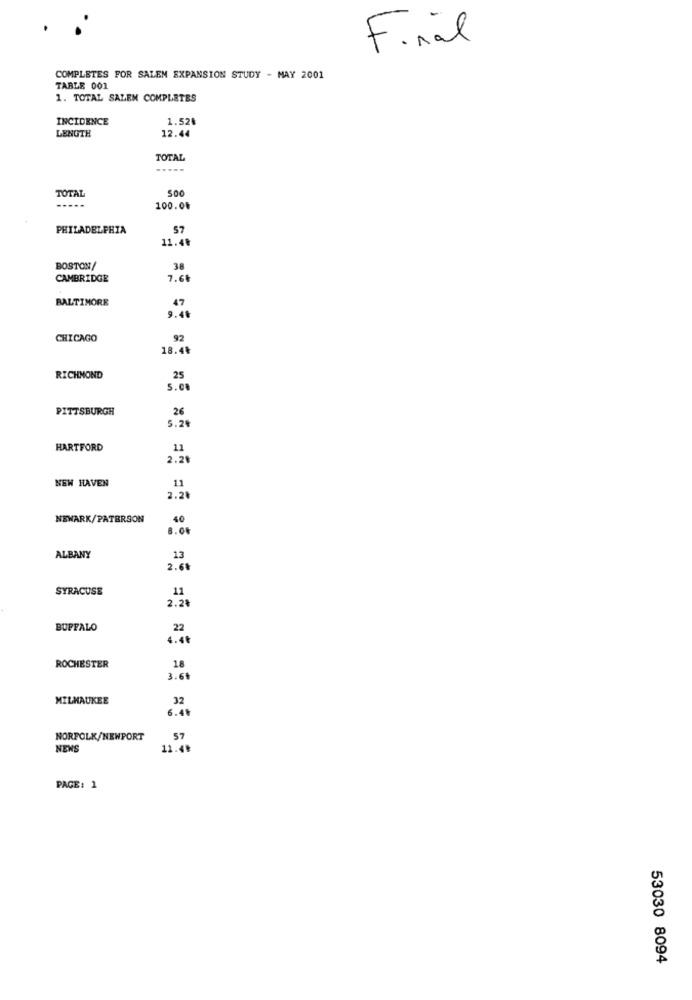
Final
COMPLETES FOR SALEN EXPANSION STUDY - MAY 2001
TABLE 001
1. TOTAL SALEM COMPLETES
INCIDENCE
1.52₺
LENGTH
12.44
TOTAL
TOTAL
500
100.08
PHILADELPHIA
57
11.48
BOSTON/
38
CAMBRIDGE
7.68
BALTIMORE
47
9.49
CHICAGO
92
18.48
RICHMOND
25
5.08
PITTSBURGH
26
5.28
HARTFORD
11
2.21
NEW HAVEN
11
2.20
NEWARK/PATERSON
40
8.04
ALBANY
13
2.61
SYRACUSE
11
2.28
BUFFALO
22
4.48
ROCHESTER
18
3.61
MILWAUKEE
32
6.4%
NORFOLK/NEWPORT
57
NENS
11.49
PAGE: 1
53030 8094